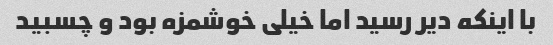
با اینکه دیر رسید اما خیلی خوشمزه بود و چسبید